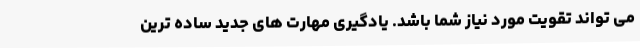
می تواند تقویت مورد نیاز شما باشد. یادگیری مهارت های جدید ساده ترین